Vital statistics of India. Vol. V, Reports of 1876 on armies & jails and on epidemic cholera
Year: 1876
Disease focus: Cholera
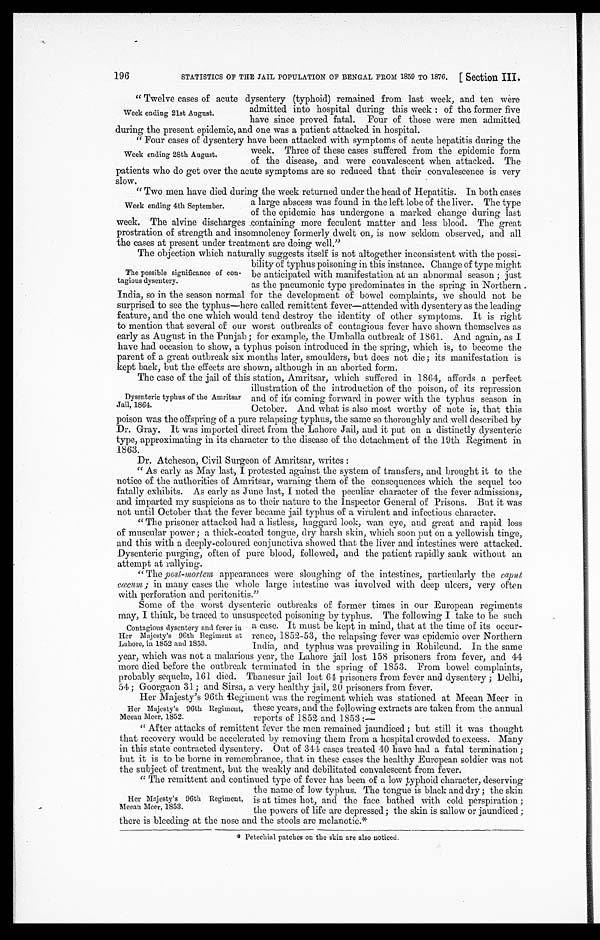
STATISTICS OF THE JAIL POPULATION OF BENGAL FROM 1859 TO 1876.
[Section III.
196
"Twelve cases of acute dysentery (typhoid) remained from last week, and ten were
admitted into hospital during this week: of the former five
have since proved fatal. Four of those were men admitted
during the present epidemic, and one was a patient attacked in hospital.
" Four cases of dysentery have been attacked with symptoms of acute hepatitis during the
week. Three of these cases suffered from the epidemic form
of the disease, and were convalescent when attacked. The
patients who do get over the acute symptoms are so reduced that their convalescence is very
slow.
" Two men have died during the week returned under the head of Hepatitis. In both cases
a large abscess was found in the left lobe of the liver. The type
of the epidemic has undergone a marked change during last
week. The alvine discharges containing more feculent matter and less blood. The great
prostration of strength and insomnolency formerly dwelt on, is now seldom observed, and all
the cases at present under treatment are doing well. "
The objection which naturally suggests itself is not altogether inconsistent with the possi
-
bility of typhus poisoning in this instance. Change of type might
be anticipated with manifestation at an abnormal season; just
as the pneumonic type predominates in the spring in Northern.
India, so in the season normal for the development of bowel complaints, we should not be
surprised to see the typhus—here called remittent fever—attended with dysentery as the leading
feature, and the one which would tend destroy the identity of other symptoms. It is right
to mention that several of our worst outbreaks of contagious fever have shown themselves as
early as August in the Punjab; for example, the Umballa outbreak of 1861. And again, as I
have had occasion to show, a typhus poison introduced in the spring, which is, to become the
parent of a great outbreak six months later, smoulders, but does not die; its manifestation is
kept back, but the effects are shown although in an
a b o r t e d f o r m .
The case of the jail of this station, Amritsar, which suffered in 1864, affords a perfect
illustration of the introduction of the poison, of its repression
and of its coming forward in power with the typhus season in
October. And what is also most worthy of note is, that this
poison was the offspring of a pure relapsing typhus, the same so thoroughly and well described by
Dr.Gray. It was imported direct from the Lahore Jail, and it put on a distinctly dysenteric
type, approximating in its character to the disease of the detachment of the 19th Regiment in
1863.
Dr. Atcheson, Civil Surgeon of Amritsar, writes:
" As early as May last, I protested against the system of transfers, and brought it to the
notice of the authorities of Amritsar, warning them of the consequences which the sequel too
fatally exhibits. As early as June last, I noted the peculiar character of the fever admissions,
and imparted my suspicions as to their nature to the inspector General of Prisons. But it was
not until October that the fever became jail typhus of a virulent and infectious character.
"The prisoner attacked had a listless, haggard look, wan eye, and great and rapid loss
of muscular power; a thick-coated tongue, dry harsh skin, which soon put on a yellowish tinge,
and this with a deeply-coloured conjunctiva showed that the liver and intestines were attacked.
Dysenteric purging, often of pure blood, followed, and the patient rapidly sank without an
attempt at rallying.
"The post-mortem appearances were sloughing of the intestines, particularly the
c a p u t c a c u m
; i n m a n y c a s e s t h e w h o l e l a r g e i n t e s t i n e w a s n v o l v e d w i t h d e e p u l c e r s , v e r y o f t e n
with perforation and peritonitis."
Some of the worst dysenteric outbreaks of former times in our European regiments
may, I think, be traced to unsuspected poisoning by typhus. The following I take to be such
a case. It must be kept in mind, that at the time of its occur
-
rence, 1852-53, the relapsing fever was epidemic over Northern
India, and typhus was prevailing in Rohilcund. In the same
year, which was not a malarious year, the Lahore jail lost 158 prisoners from fever, and 44
more died before the outbreak terminated in the spring of 1853. From bowel complaints,
probably sequelæ, 161 died. Thanesur jail lost 61 prisoners from fever and dysentery; Delhi,
54; Goorgaon 31 and Sirsa. a very healthy jail, 20 prisoners from fever.
Her Majesty's 96th Regiment was the regiment which was stationed at Meean Meer in
these years, and the following extracts are taken from the annual
reports of 1852 and 1853:—
"After attacks of remittent fever the men remained jaundiced; but still it was thought
that recovery would be accelerated by removing them from a hospital crowded to excess. Many
in this state contracted dysentery. Out of 344 cases treated 40 have had a fatal termination;
but it is to be borne in remembrance, that in these cases the healthy European soldier was not
the subiect of treatment. but the weakly and debilitated convalescent from fever.
"The remittent and continued type of fever has been of a low typhoid character, deserving
the name of low typhus. The tongue is black and dry; the skin
is at times hot, and the face bathed with cold perspiration;
the powers of life are depressed; the skin is sallow or jaundiced;
there is bleeding at the nose and the stools are melanotic.*
* Petechial patches on the skin are also noticed.
Week ending 21st August.
Week ending 28th August.
Week ending 4th September.
The possible significance of con
-tagious dysentery.
Dysenteric typhus of the Amritsar
Jail, 1864.
Contagious dysentery and fever in
Her Majesty's 96th Regiment at
Lahore, in 1852 and 1853.
Her Majesty's 96th Regiment,
Meean Meer, 1852.
Her Majesty's 96th Regiment,
Meean Meer, 1853.